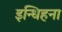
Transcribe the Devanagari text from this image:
इन्धिहना